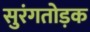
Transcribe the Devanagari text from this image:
सुरंगतोड़क